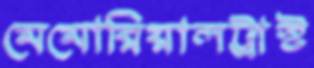
মেমোরিয়ালট্রাস্ট